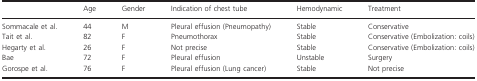
<table><thead><tr><td></td><td><b>Age</b></td><td><b>Gender</b></td><td><b>Indication of chest tube</b></td><td><b>Hemodynamic</b></td><td><b>Treatment</b></td></tr></thead><tbody><tr><td>Sommacale et al.</td><td>44</td><td>M</td><td>Pleural effusion (Pneumopathy)</td><td>Stable</td><td>Conservative</td></tr><tr><td>Tait et al.</td><td>82</td><td>F</td><td>Pneumothorax</td><td>Stable</td><td>Conservative (Embolization: coils)</td></tr><tr><td>Hegarty et al.</td><td>26</td><td>F</td><td>Not precise</td><td>Stable</td><td>Conservative (Embolization: coils)</td></tr><tr><td>Bae</td><td>72</td><td>F</td><td>Pleural effusion</td><td>Unstable</td><td>Surgery</td></tr><tr><td>Gorospe et al.</td><td>76</td><td>F</td><td>Pleural effusion (Lung cancer)</td><td>Stable</td><td>Not precise</td></tr></tbody></table>